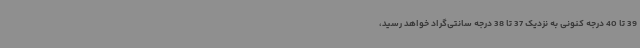
39 تا 40 درجه کنونی به نزدیک 37 تا 38 درجه سانتی‌گراد خواهد رسید،